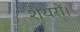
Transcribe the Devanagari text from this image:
शेयरों।